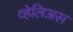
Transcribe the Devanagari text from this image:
व्हेलिअस